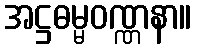
အဋ္ဌဓမ္မဝဏ္ဏနာ။